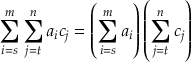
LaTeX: \sum _ { i = s } ^ { m } \sum _ { j = t } ^ { n } { a _ { i } } { c _ { j } } = \left( \sum _ { i = s } ^ { m } a _ { i } \right) \left( \sum _ { j = t } ^ { n } c _ { j } \right) \quad